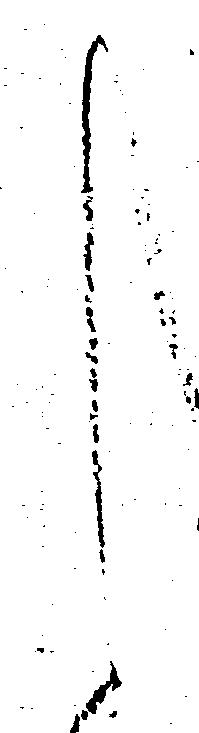
く